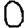
Digit: 0